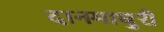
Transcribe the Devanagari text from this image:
दानमाधुरी